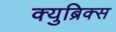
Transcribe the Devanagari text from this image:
क्युब्रिक्स